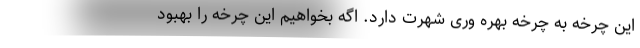
این چرخه به چرخه بهره ­وری شهرت دارد. اگه بخواهیم این چرخه را بهبود